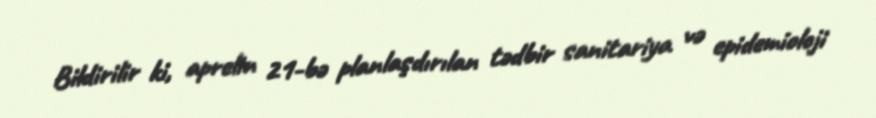
Bildirilir ki, aprelin 21-bə planlaşdırılan tədbir sanitariya və epidemioloji